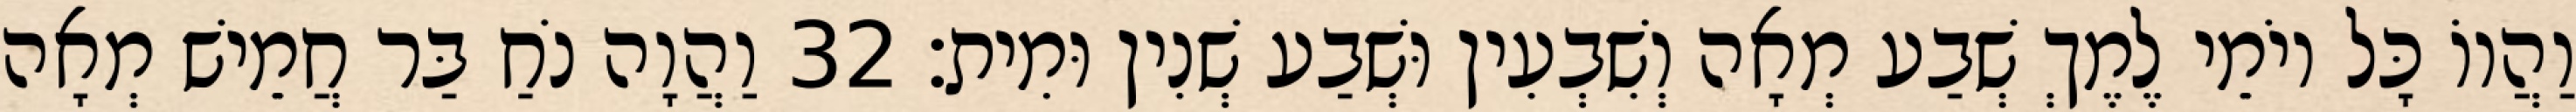
וַהֲווֹ כָּל יוֹמֵי לֶמֶךְ שְׁבַע מְאָה וְשִׁבְעִין וּשְׁבַע שְׁנִין וּמִית׃ 32 וַהֲוָה נֹחַ בַּר חֲמֵישׁ מְאָה